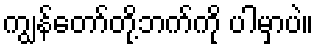
ကျွန်တော်တို့ဘက်ကို ပါမှာပဲ။